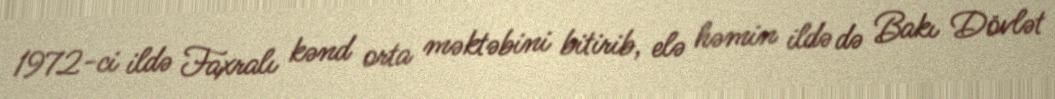
1972-ci ildə Faxralı kənd orta məktəbini bitirib, elə həmin ildə də Bakı Dövlət